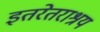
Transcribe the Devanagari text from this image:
इतरेतराश्रय